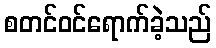
စတင်ဝင်ရောက်ခဲ့သည်